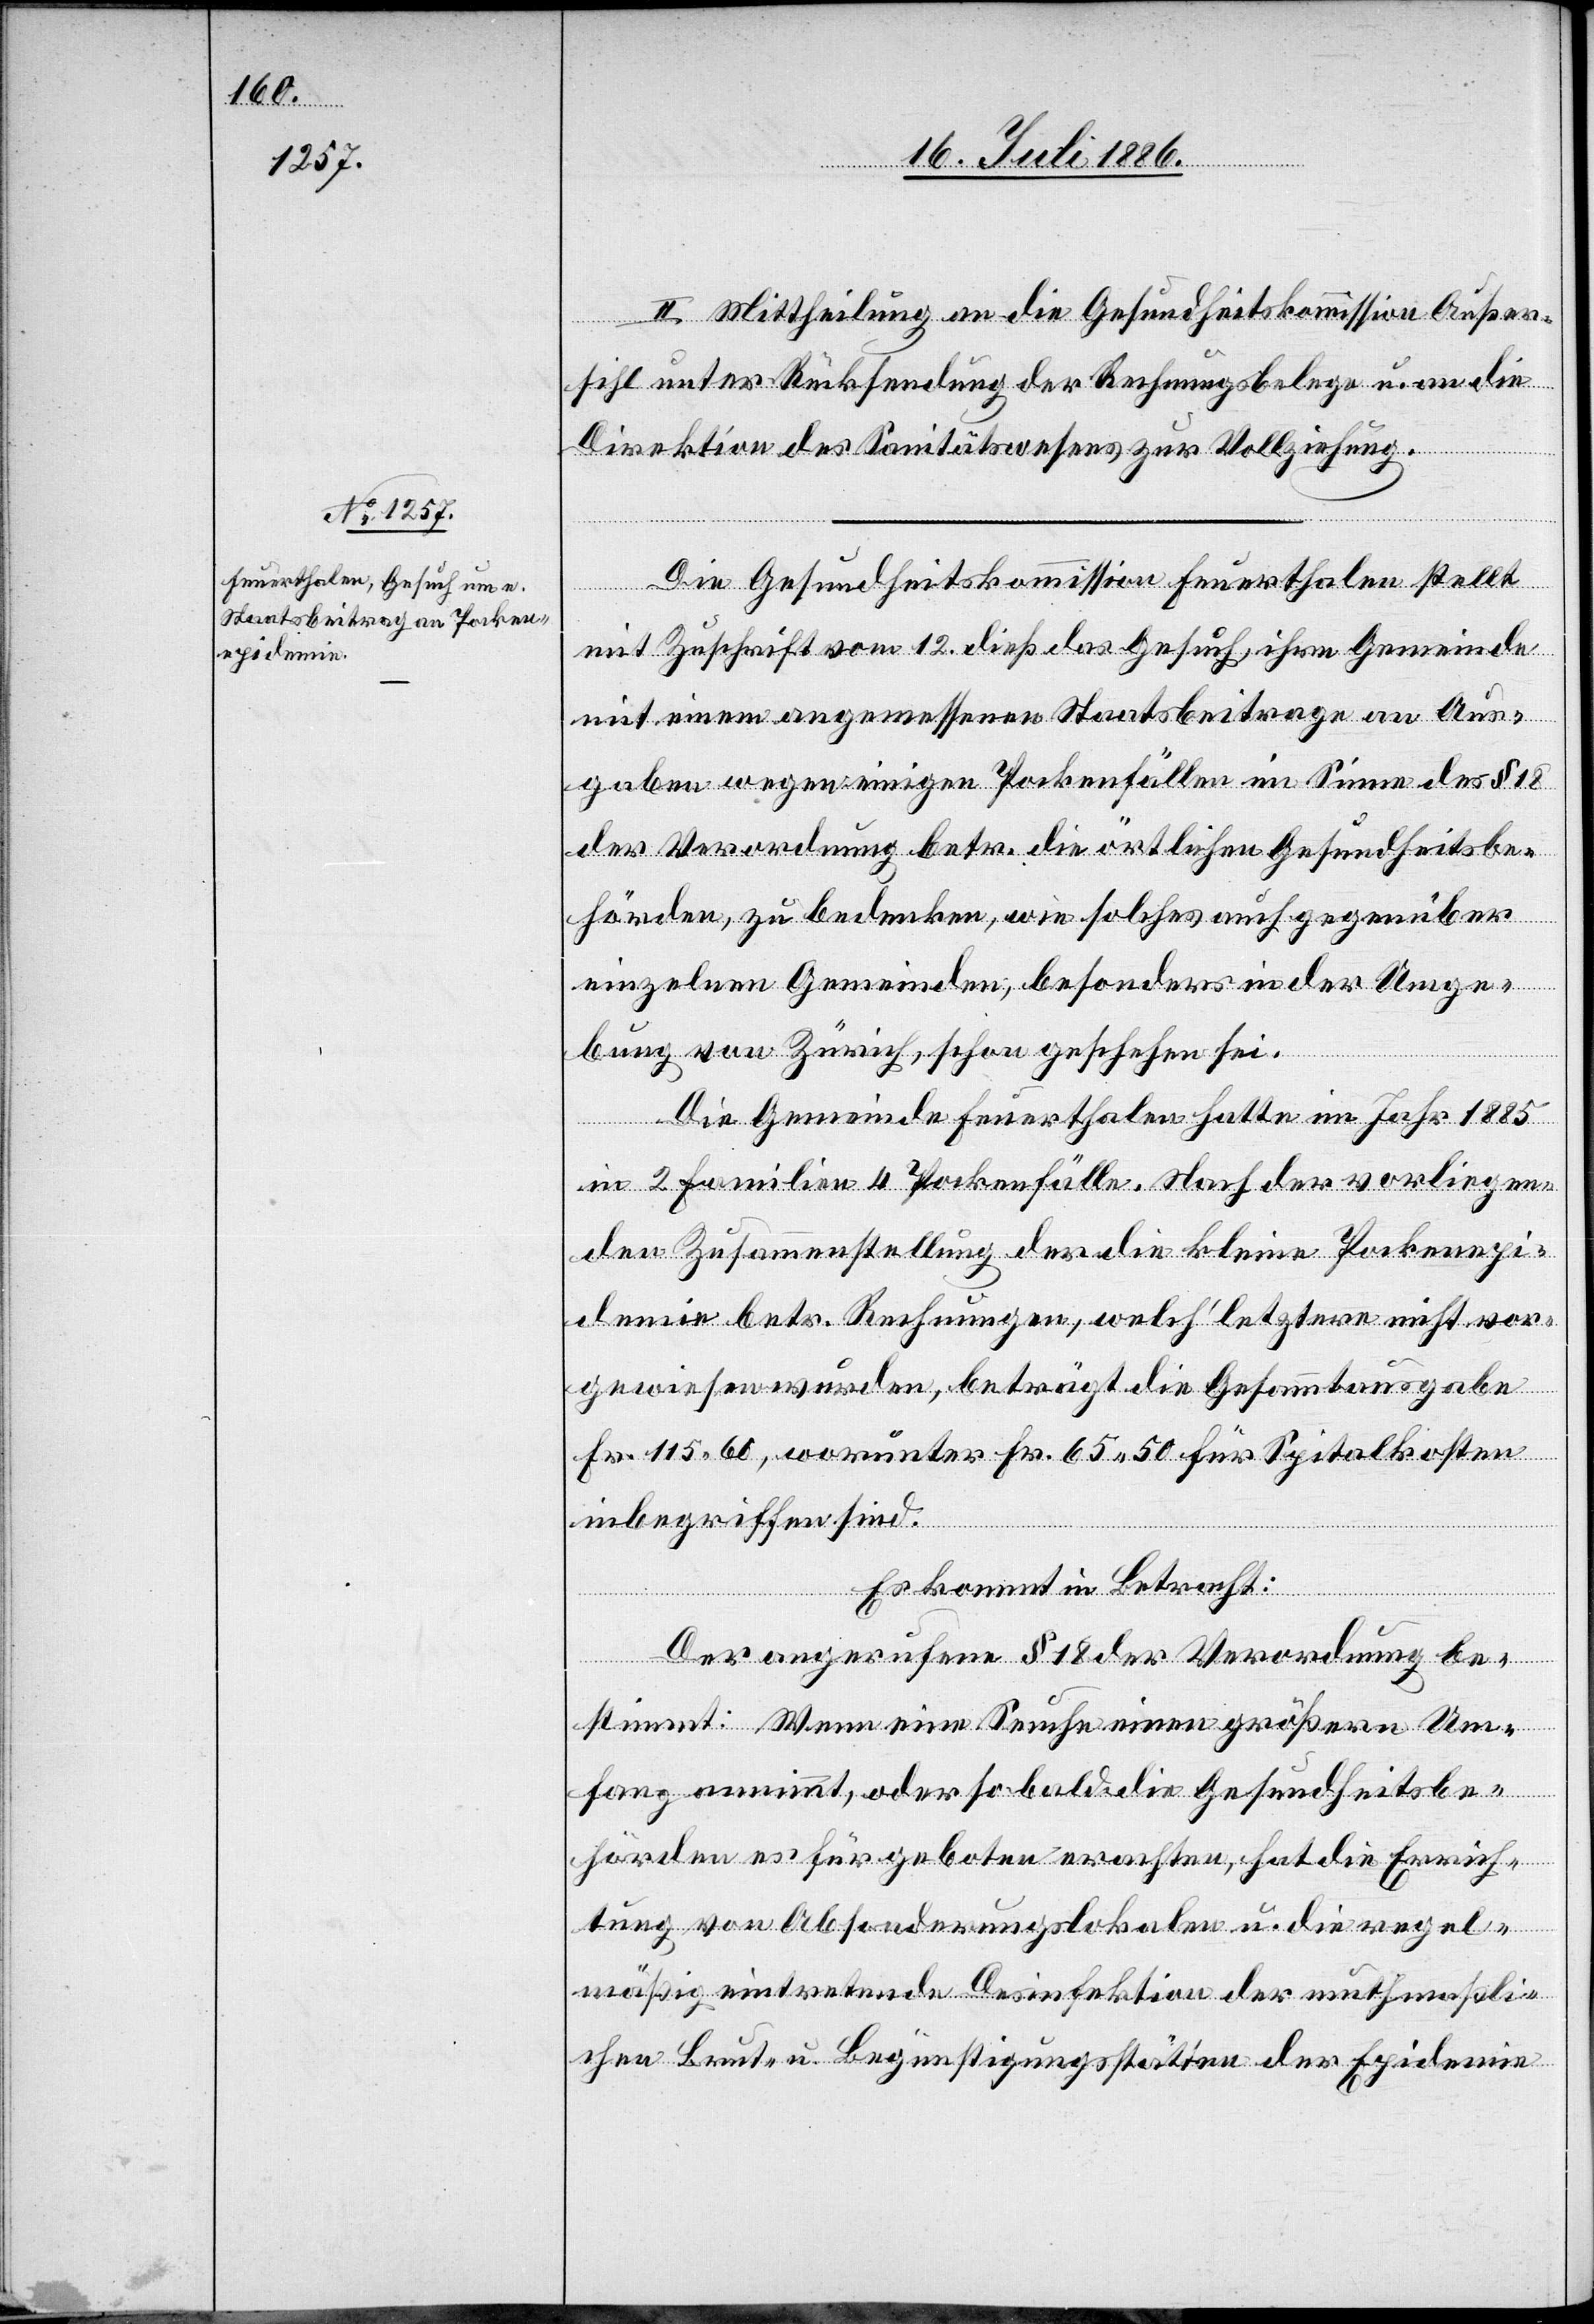
II. Mittheilung an die Gesundheitskommission Außer¬
sihl unter Rücksendung der Rechnungsbelege u. an die
Direktion des Sanitätswesens zur Vollziehung.
Die Gesundheitskommission Feuerthalen stellt
mit Zuschrift vom 12. dieß das Gesuch, ihre Gemeinde
mit einem angemessenen Staatsbeitrage an Aus¬
gaben wegen einigen Pockenfällen im Sinne des § 18
der Verordnung betr. die örtlichen Gesundheitsbe¬
hörden, zu bedenken, wie solches auch gegenüber
einzelnen Gemeinden, besonders in der Umge¬
bung von Zürich, schon geschehen sei.
Die Gemeinde Feuerthalen hatte im Jahr 1885
in 2 Familien 4 Pockenfälle. Nach der vorliegen¬
den Zusammenstellung der die kleine Pockenepi¬
demie betr. Rechnungen, welch’ letztere nicht vor¬
gewiesen wurden, beträgt die Gesammtausgabe
Fr. 115 60, worunter Fr. 65 50 für Spitalkosten
inbegriffen sind.
Es kommt in Betracht:
Der angerufene § 18 der Verordnung be¬
stimmt: Wenn eine Seuche einen größern Um¬
fang annimmt, oder sobald die Gesundheitsbe¬
hörden es für geboten erachten, hat die Errich¬
tung von Absonderungslokalen u. die regel¬
mäßig eintretende Desinfektion der muthmaßli¬
chen Brut- u. Begünstigungsstätten der Epidemie